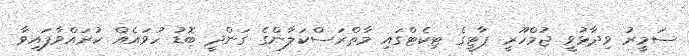
ސަމީރު ވިދާޅުވީ ޖުމްހޫރީ ޕާޓީގެ ޓިކެޓްގައި މާތްރަސްކަލާންގެ ގަންދީ ބޮޑު ހުވައެއް ކުރައްވާފައިވާ